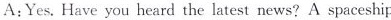
A:Yes. Have you heard the latest news? A spaceshir